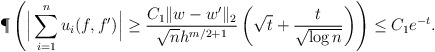
\begin{align*} \P\left( \Big| \sum_{i=1}^n u_i(f,f') \Big| \geq \frac{C_1 \|w-w'\|_2}{\sqrt{n} h^{m/2+1}} \left( \sqrt{t} + \frac{t}{\sqrt{\log n}} \right) \right) &\leq C_1 e^{-t}. \end{align*}